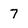
Character: 7